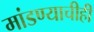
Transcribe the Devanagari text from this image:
मांडण्याचीही